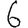
Digit: 6